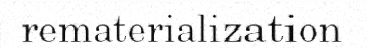
rematerialization